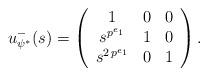
LaTeX: \begin{align*} u_{\psi^*}^-(s) = \left(\begin{array}{c c c} 1 & 0 & 0 \\ s^{p^{e_1}} & 1 & 0 \\ s^{2 \, p^{e_1}} & 0 & 1 \end{array}\right) .\end{align*}